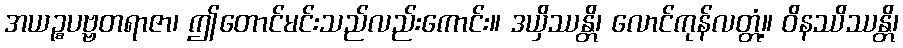
အယဉ္စပဗ္ဗတရာဇာ၊ ဤတောင်မင်းသည်လည်းကောင်း။ ဒယှိဿန္တိ၊ လောင်ကုန်လတ္တံ့။ ဝိနဿိဿန္တိ၊